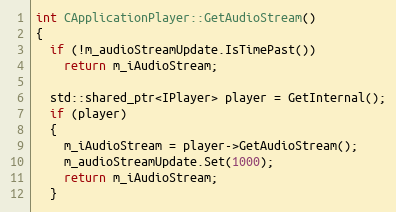
Language: C++
int CApplicationPlayer::GetAudioStream()
{
  if (!m_audioStreamUpdate.IsTimePast())
    return m_iAudioStream;

  std::shared_ptr<IPlayer> player = GetInternal();
  if (player)
  {
    m_iAudioStream = player->GetAudioStream();
    m_audioStreamUpdate.Set(1000);
    return m_iAudioStream;
  }